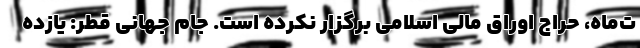
ت‌ماه، حراج اوراق مالی اسلامی برگزار نکرده است. جام جهانی قطر: یازده